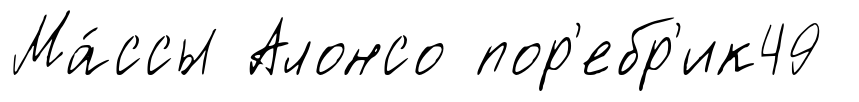
Ма́ссы Алонсо пор'ебр'ик49